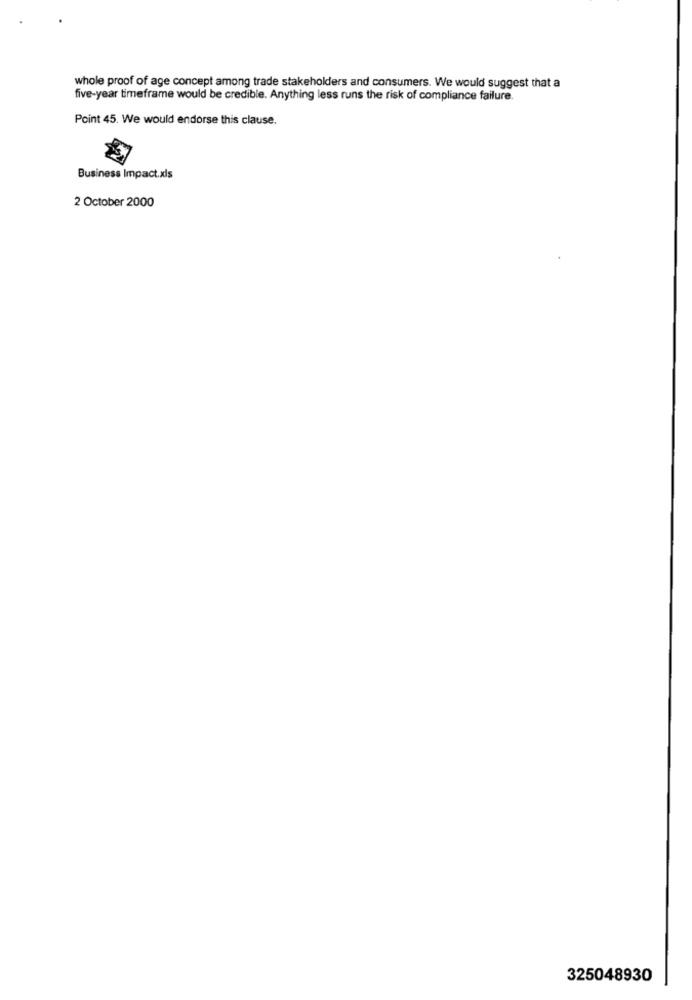
whole proof of age concept among trade stakeholders and consumers. We would suggest that a
five-year timeframe would be credible. Anything less runs the risk of compliance failure.
Point 45. We would endorse this clause.
$7
Business Impact.xls
2 October 2000
325048930